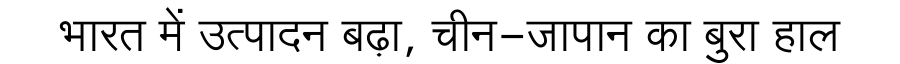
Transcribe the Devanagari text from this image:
भारत में उत्पादन बढ़ा, चीन-जापान का बुरा हाल